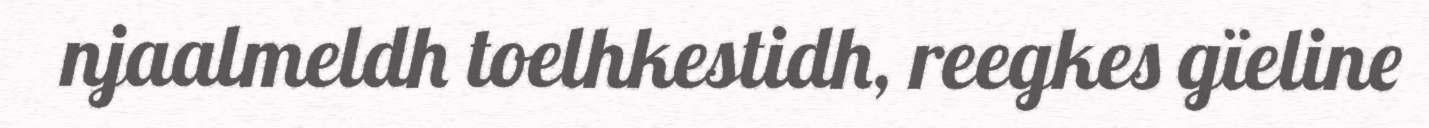
njaalmeldh toelhkestidh, reegkes gïeline